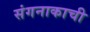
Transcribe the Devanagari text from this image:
संगनाकाची